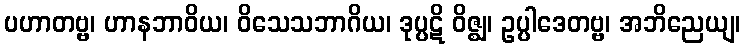
ပဟာတဗ္ဗ၊ ဟာနဘာဝိယ၊ ဝိသေသဘာဂိယ၊ ဒုပ္ပဋိ ဝိဇ္ဈ၊ ဥပ္ပါဒေတဗ္ဗ၊ အဘိညေယျ၊